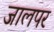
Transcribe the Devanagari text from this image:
जालपर